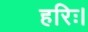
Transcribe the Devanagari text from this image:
हरिः।